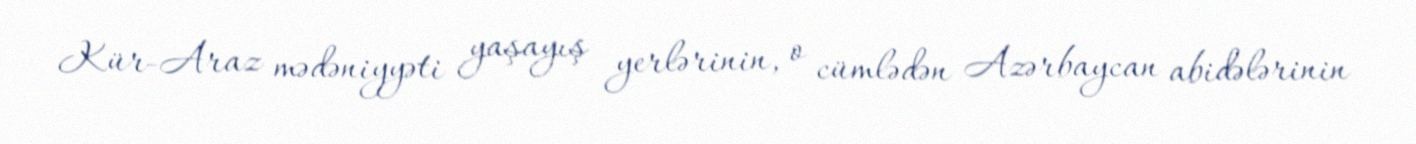
Kür-Araz mədəniyyəti yaşayış yerlərinin, o cümlədən Azərbaycan abidələrinin